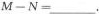
$$M - N =$$___.